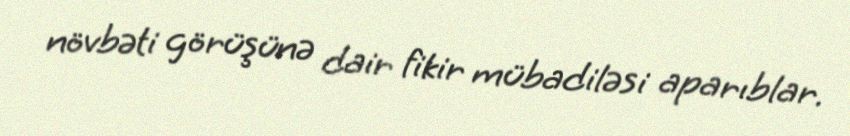
növbəti görüşünə dair fikir mübadiləsi aparıblar.